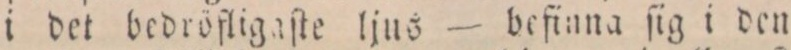
i det bedröfligaſte ljus — befinna ſig i den